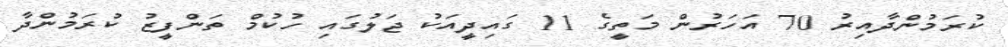
ކުރަމުންދާއިރު 70 އަހަރުން މަތީގެ 11 ގައިދީއަކު ޖަލުގައި ހުކުމް ތަންފީޒު ކުރަމުންދާ